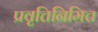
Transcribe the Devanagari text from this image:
प्रवृत्तिनिमित्त